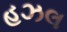
હઝલ